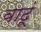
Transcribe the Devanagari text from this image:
वाढूं